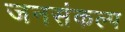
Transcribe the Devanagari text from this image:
जनसंकल्प